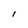
Character: I